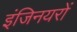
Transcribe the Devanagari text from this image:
इंजिनयरों